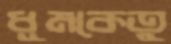
ধূমকেতু